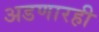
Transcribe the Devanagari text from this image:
अडणारही